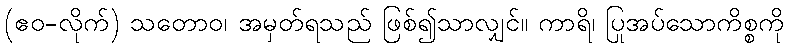
(ဧဝ-လိုက်) သတောဝ၊ အမှတ်ရသည် ဖြစ်၍သာလျှင်။ ကာရိ၊ ပြုအပ်သောကိစ္စကို